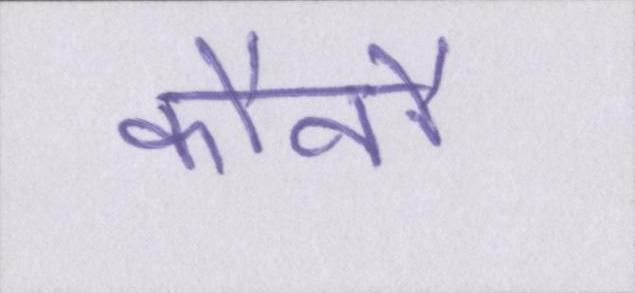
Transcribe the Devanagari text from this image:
कौनौ